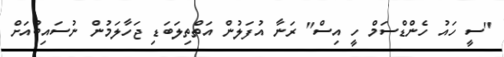
"ސީ ހައު ހެންޑްސަމް ހީ އިސް" ރަނާ އުފަލުން އަތްތިލަބަޑި ޖަހާލަމުން ނުސައިބުއަށް